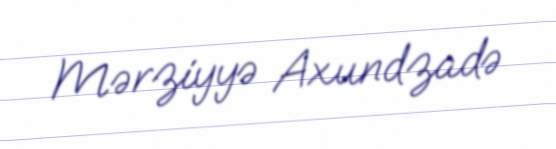
Mərziyyə Axundzadə